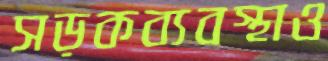
সড়কব্যবস্থাও